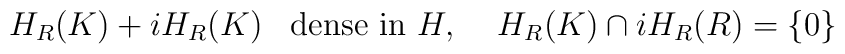
H_{R}(K)+iH_{R}(K)\,\,\,\,\,\hbox{dense in }H,\quad \,H_{R}(K)\capiH_{R}(R)=\left\{ 0\right\}